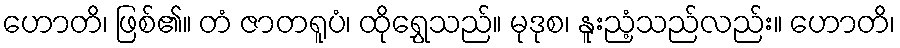
ဟောတိ၊ ဖြစ်၏။ တံ ဇာတရူပံ၊ ထိုရွှေသည်။ မုဒုစ၊ နူးညံ့သည်လည်း။ ဟောတိ၊